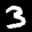
Label: 3